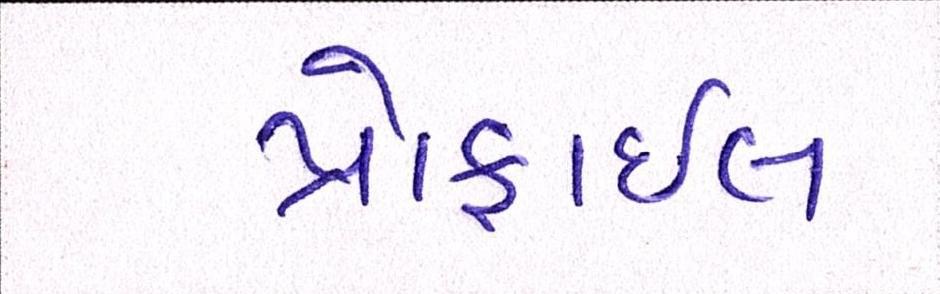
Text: પ્રોફાઇલ